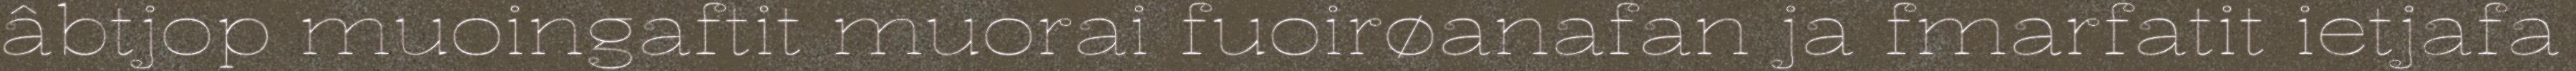
âbtjop muoingaftit muorai fuoirøanafan ja fmarfatit ietjafa